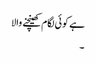
ہے کوئی لگام کھینچنے والا
۔